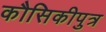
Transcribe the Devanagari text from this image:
कौसिकीपुत्र